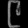
Digit: ၉